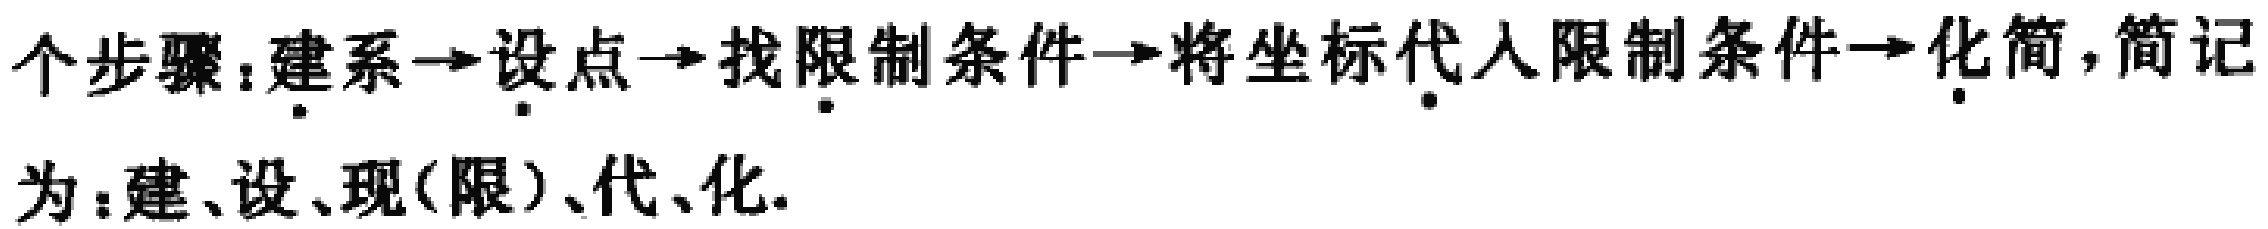
个步骤：建系$\to$设点$\to$找限制条件$\to$将坐标代入限制条件$\to$化简，简记为：建、设、现(限)、代、化.